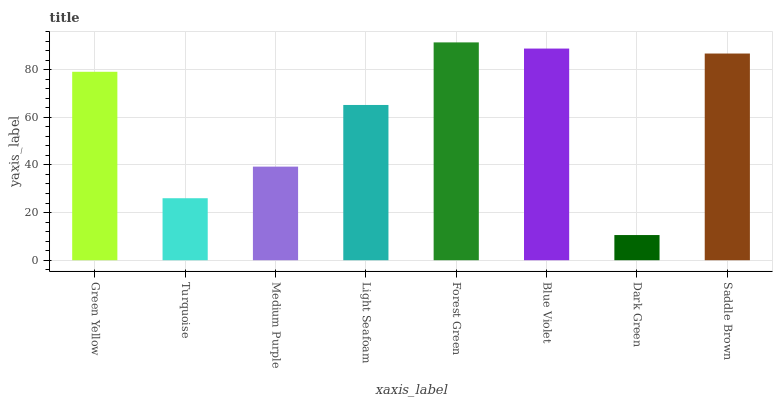
| xaxis_label | bars |
 | --- | --- |
 | Green Yellow | 79.1 |
 | Turquoise | 26 |
 | Medium Purple | 39.3 |
 | Light Seafoam | 65.2 |
 | Forest Green | 91.4 |
 | Blue Violet | 88.8 |
 | Dark Green | 10.6 |
 | Saddle Brown | 86.8 |